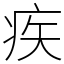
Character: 疾